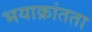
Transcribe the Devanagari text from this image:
भयाक्रांतता